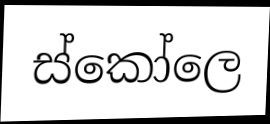
ස්කෝලෙ